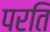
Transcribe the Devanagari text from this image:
परति